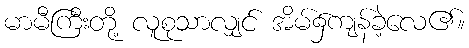
မာမီကြီးတို့ လူစုသာလျှင် အိမ်၌ကျန်ခဲ့လေ၏။